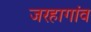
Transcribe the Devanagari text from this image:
जरहागांव